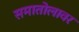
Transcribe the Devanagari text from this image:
समातोलावर